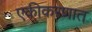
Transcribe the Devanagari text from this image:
एकीकरणात